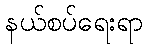
နယ်စပ်ရေးရာ